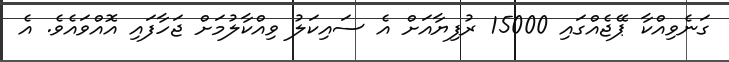
ގަނެވިއްކާ ޕޭޖެއްގައި 15000 ރުފިޔާއަށް އެ ސައިކަލު ވިއްކާލުމަށް ޖަހާފައި އޮއްވައެވެ. އެ